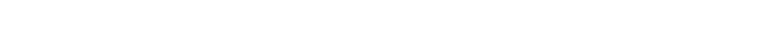
မုက္ခပါဌ်တိ၊ တွတ်တွတ်ညင်းညင်း၊ သာခြင်းချေးချေး၊ ပျံ့မွှေးအကျော်၊ တရားတော်ကို၊ ကြားသော်သဒ္ဓါ၊